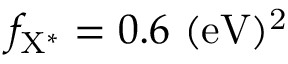
f _ { \mathrm { { X ^ { * } } } } = 0 . 6 ~ \mathrm { { ( e V ) ^ { 2 } } }